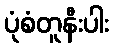
ပုံစံတူနီးပါး